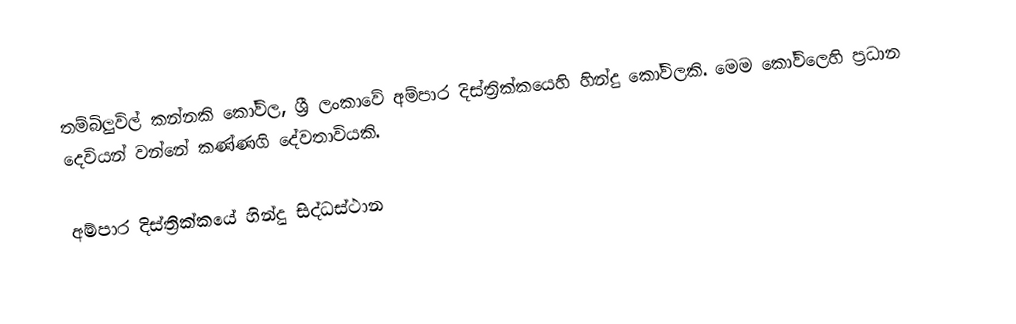
තම්බිලුවිල් කන්නකි කෝවිල, ශ්‍රී ලංකාවේ අම්පාර දිස්ත්‍රික්කයෙහි හින්දු කෝවිලකි. මෙම කෝවිලෙහි ප්‍රධාන දෙවියන් වන්නේ කණ්ණගි දේවතාවියකි.

අම්පාර දිස්ත්‍රික්කයේ හින්දු සිද්ධස්ථාන